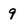
Character: 9